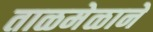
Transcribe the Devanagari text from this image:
ताळमेळाने